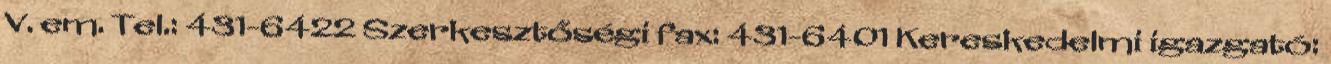
V. em. Tel.: 431-6422 Szerkesztőségi fax: 431-6401 Kereskedelmi igazgató: